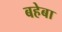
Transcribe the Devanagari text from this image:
बहेबा